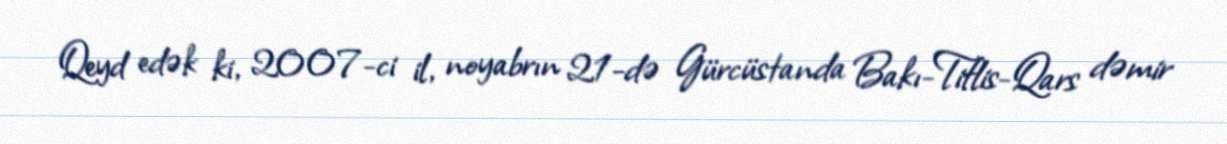
Qeyd edək ki, 2007-ci il, noyabrın 21-də Gürcüstanda Bakı-Tiflis-Qars dəmir